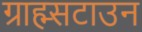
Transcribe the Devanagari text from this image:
ग्राह्म्सटाउन